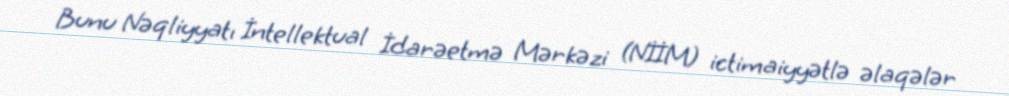
Bunu Nəqliyyatı İntellektual İdarəetmə Mərkəzi (NİİM) ictimaiyyətlə əlaqələr